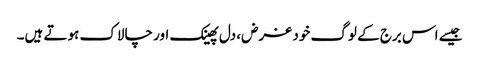
جیسے اس برج کے لوگ خود غرض، دل پھینک اور چالاک ہوتے ہیں۔